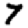
Digit: 7